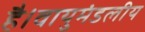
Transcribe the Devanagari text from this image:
है।वायुमंडलीय